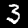
Digit: 3